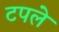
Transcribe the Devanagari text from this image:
टपले